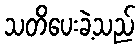
သတိပေးခဲ့သည်